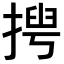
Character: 𢰻